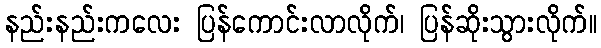
နည်းနည်းကလေး ပြန်ကောင်းလာလိုက်၊ ပြန်ဆိုးသွားလိုက်။